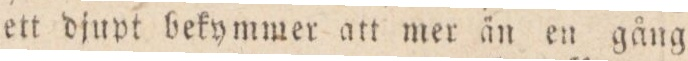
ett djupt bekymmer att mer än en gång